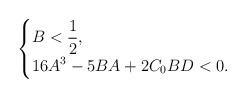
LaTeX: \begin{align*}\begin{cases}\displaystyle B<\frac{1}{2},\\\displaystyle 16A^3 -5BA +2C_0 BD <0.\end{cases}\end{align*}